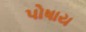
પોષાય